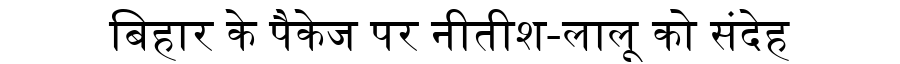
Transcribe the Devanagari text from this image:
बिहार के पैकेज पर नीतीश-लालू को संदेह